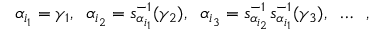
\alpha _ { i _ { 1 } } = \gamma _ { 1 } , \; \; \alpha _ { i _ { 2 } } = s _ { \alpha _ { i _ { 1 } } } ^ { - 1 } ( \gamma _ { 2 } ) , \; \; \alpha _ { i _ { 3 } } = s _ { \alpha _ { i _ { 2 } } } ^ { - 1 } s _ { \alpha _ { i _ { 1 } } } ^ { - 1 } ( \gamma _ { 3 } ) , \; \; \ldots \; \; ,